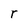
Character: r